Report of the Municipal Commissioner on the plague in Bombay for the year ending 31st May... - Volume 2
Disease focus: Plague
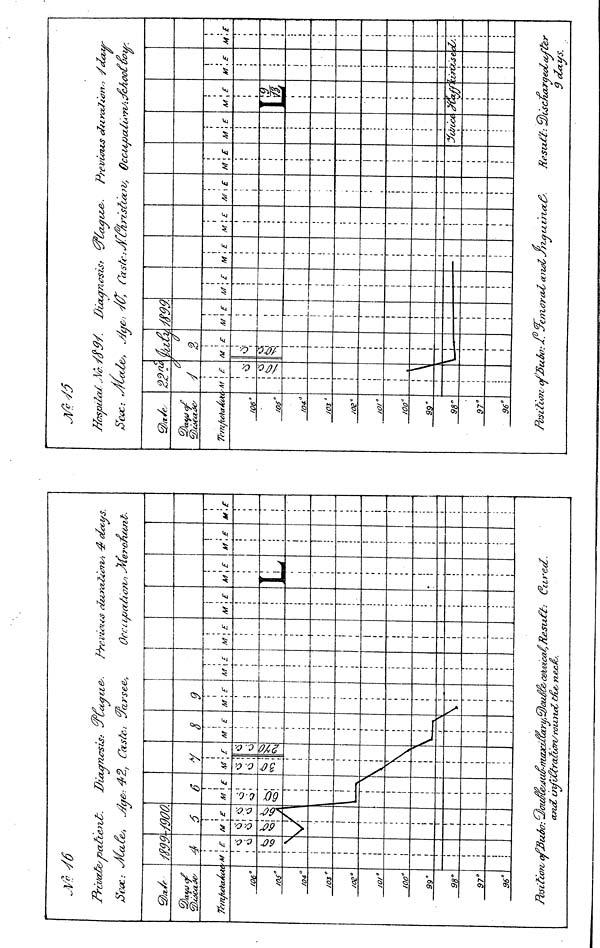
2rcvccdc
7e/nfu£ajKH
me"
/OS*
fO4°/
03'
/os°g
100°9
9'
98"
97°9
6°M
ab.
M99
4
<M
Position; c.
| £
1 VS
1 \
fJ3i
j
-/900
V
i
i
i
160
6
i E
i VS
/
A
Diaurncsis.'
f&: 42 } CctSfc
i
M
1 i '
6
V
1
If
I
\
nfv
M
O.O.
w-n
£
1
\
lax.
xtto
JCcUfll^-
Jctrsees,
<
M
uu
s
\ E
\
'0U.7
9
M\ E
i
t
i
i
i
;
;
i
i
i
i
i
\\
i
i
i
•
i
Dec icncx/A-cn/: jWe
M
'•
| £
vica
\
M\ E
i
I
i
i
I
i
t
i
i
i
i
I
i
1
I
1
i
i
I
1
i
i
i
i
i
i
M \ E M
1
1
• dcu
4 dec
M
I
£
M £
Jlospila
106"
/os"
/OS"
/oe°I
OO"
99'
98"
97"
96°2
A
/•
/
•M
Position-1
E
t
\
i
A
M
a.
0
£
Diayn
{£<: y /(7.
SM9
M
i
£
i
i
mo
Oxstt*
M £
M £
r"~i
si
M
y?zqti
«/
£
1
UZt
I •
M \E
\
i
I
;
;
i
i
;
t
i
t
i
Oc
£
oat
tire
M
mlm
RestUt
E
sice
,
M
I
1
£
4
4
$
?OL
M
'.in
yea
'<&
£
tse
F
r.VS
'r
y
M
ds.
"te7
£
*